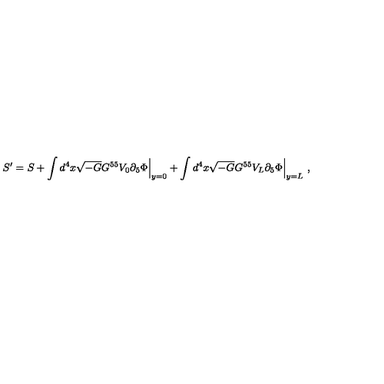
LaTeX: S ^ { \prime } = S + \int d ^ { 4 } x \sqrt { - G } G ^ { 5 5 } V _ { 0 } \partial _ { 5 } \Phi \Bigr | _ { y = 0 } + \int d ^ { 4 } x \sqrt { - G } G ^ { 5 5 } V _ { L } \partial _ { 5 } \Phi \Bigr | _ { y = L } \ ,